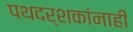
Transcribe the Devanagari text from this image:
पथदर्शकांनाही